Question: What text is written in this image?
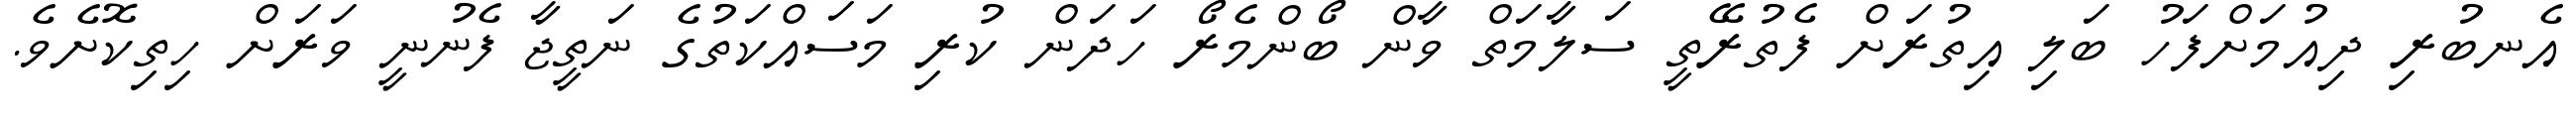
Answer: އެނބުރި ދިއުމަށްފަހު ބަލި އިތުރަށް ފެތުރޭތީ ސަލާމަތް ވާން ބޯންމެރޯ ހަދަން ކުރި މަސައްކަތުގެ ނަތީޖާ ފެނުނީ ވަރަށް ހިތިކޮށެވެ.